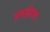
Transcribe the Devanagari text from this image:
हवाईडाक